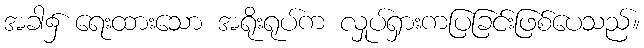
အခါ၌ ရေးထားသော အရိုးရုပ်က လှုပ်ရှားကပြခြင်းဖြစ်ပေသည်။